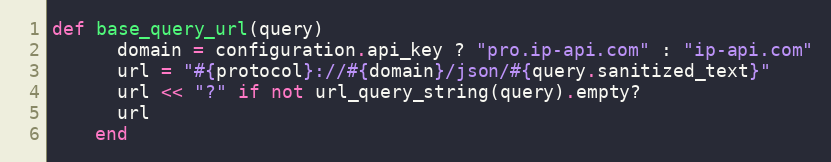
Language: Ruby
def base_query_url(query)
      domain = configuration.api_key ? "pro.ip-api.com" : "ip-api.com"
      url = "#{protocol}://#{domain}/json/#{query.sanitized_text}"
      url << "?" if not url_query_string(query).empty?
      url
    end